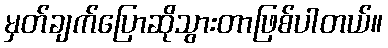
မှတ်ချက်ပြောဆိုသွားတာဖြစ်ပါတယ်။